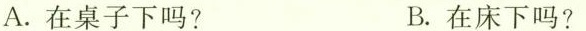
A.在桌子下吗? B.在床下吗?